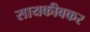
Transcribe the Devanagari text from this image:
सायकीवकर